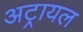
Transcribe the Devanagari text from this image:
अट्रायल